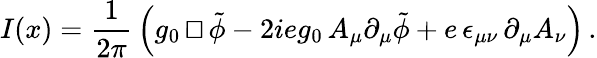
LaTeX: I(x)=\frac{1}{2\pi}\, \Bigl(g_{0}\, {\sqcap\! \! \! \! \sqcup}\, \tilde{\phi}-2ieg_{0}\, A_{\mu}\partial_{\mu}\tilde{\phi}+e\, \epsilon_{\mu\nu}\, \partial_{\mu}A_{\nu}\Bigr)\, .